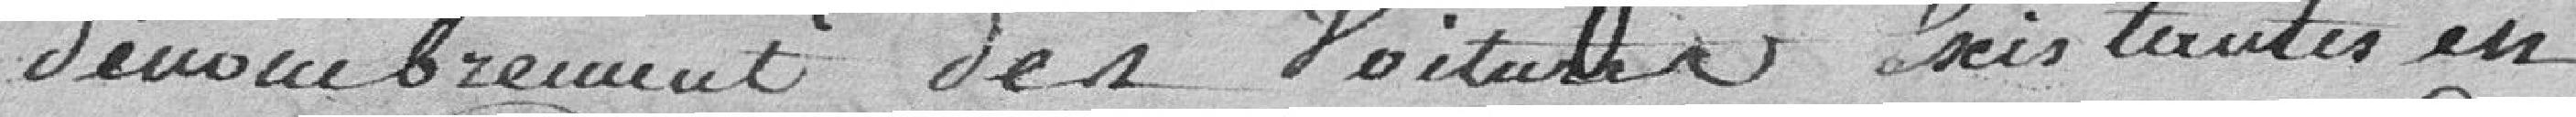
dénombrement des voitures existantes en